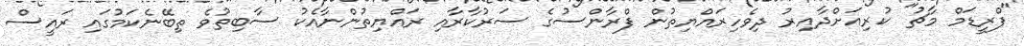
"ފްރީޑަމް މާޗު" ކުރިއަށްދާއިރު ދިވެހިރައްޔިތުން ފްރާންސުގެ ސަރުކާރާއި ރައްޔިތުންނާއެކު ސާބިތުވެ ތިބޭނެކަމުގައި ރައީސް